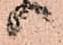
り